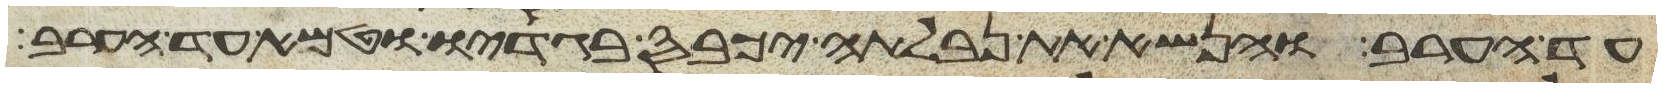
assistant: עד הערב והנשא את נבלתה יכבס בגדיו וטמא עד הערב